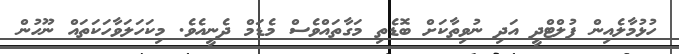
ހުޅުމާލެއިން ފުލްޓްދީ އަދި ނުވިތާކަށް ބޮޑެތި މަގާތައްވެސް މެޑަމް ދެނީއެވެ. މިކަހަލަވާހަކަތައް ނޫހުން